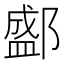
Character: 𨞐